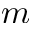
m